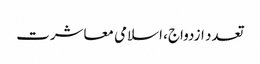
تعدد ازدواج، اسلامی معاشرت